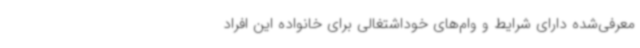
معرفی‌شده دارای شرایط و وام‌های خوداشتغالی برای خانواده این افراد